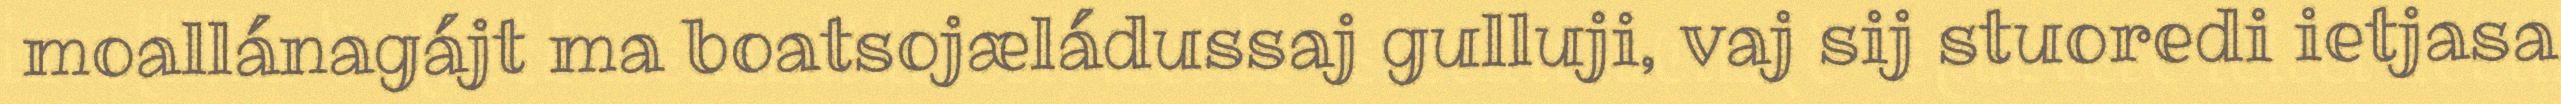
moallánagájt ma boatsojæládussaj gulluji, vaj sij stuoredi ietjasa